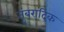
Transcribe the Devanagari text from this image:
तुंबरादिक